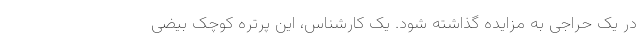
در یک حراجی به مزایده گذاشته شود. یک کارشناس، این پرتره کوچک بیضی